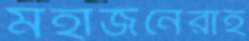
মহাজনেরাই